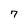
Character: 7